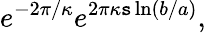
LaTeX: e^{-2\pi/\kappa}e^{2\pi\kappa\mathtt{s}\ln(b/a)},